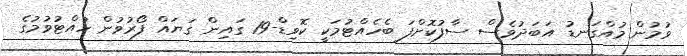
ވުމުން މުއްގަނޑު އަބަދުވެސް ސާފުކޮށްފަ ބެހެއްޓުމަކީ ކޮވިޑް-19 ގައިން ގަޔައް ފޯރުވުން ހުއްޓުވުމުގެ